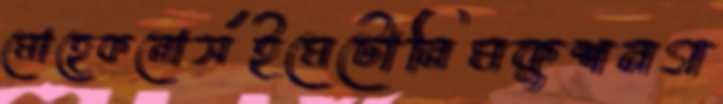
মোহেকনোর্সইমেটোনিমকুশনগ